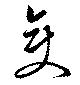
変